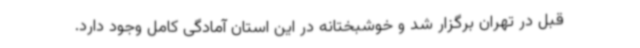
قبل در تهران برگزار شد و خوشبختانه در این استان آمادگی کامل وجود دارد.